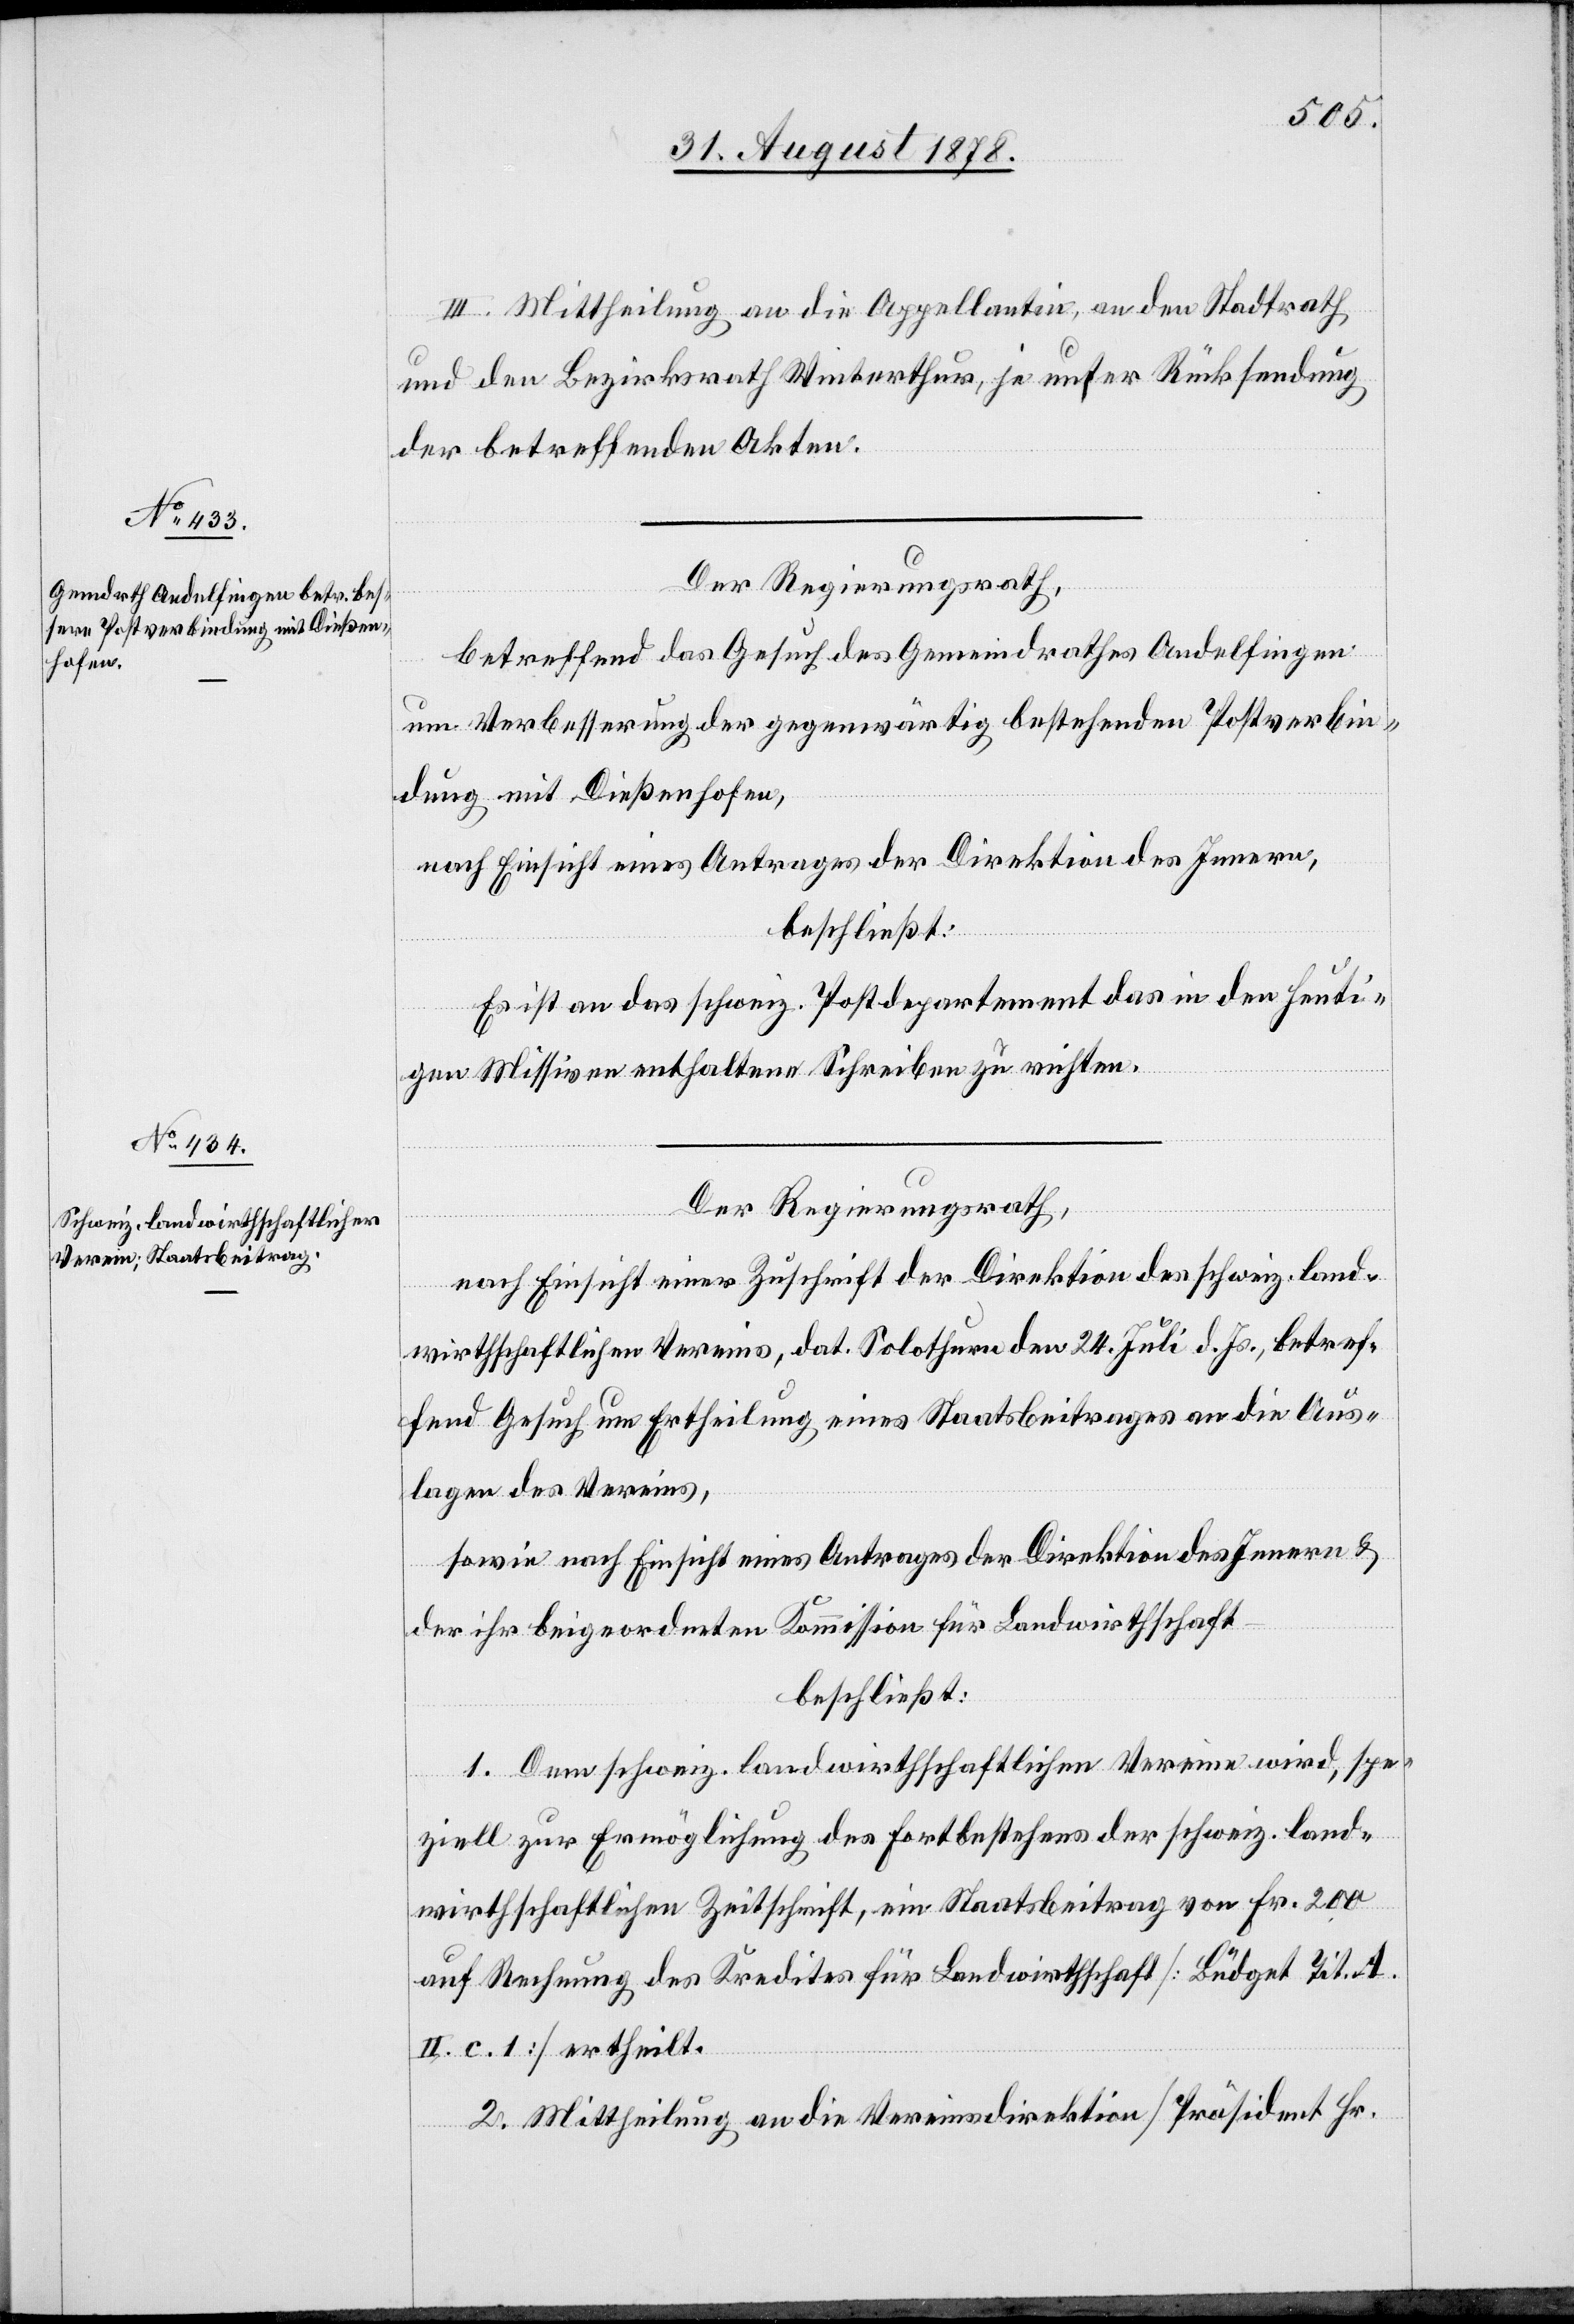
III. Mittheilung an die Appellantin, an den Stadtrath
und den Bezirksrath Winterthur, je unter Rücksendung
der betreffenden Akten.
Der Regierungsrath,
betreffend das Gesuch des Gemeindrathes Andelfingen
um Verbesserung der gegenwärtig bestehenden Postverbin¬
dung mit Dießenhofen,
nach Einsicht eines Antrages der Direktion des Innern,
beschließt:
Es ist an das schweiz. Postdepartement das in den heuti¬
gen Missiven enthaltene Schreiben zu richten.
Der Regierungsrath,
nach Einsicht einer Zuschrift der Direktion des schweiz. land¬
wirthschaftlichen Vereins, dat. Solothurn den 24. Juli d. Js., betref¬
fend Gesuch um Ertheilung eines Staatsbeitrages an die Aus¬
lagen des Vereins,
sowie nach Einsicht eines Antrages der Direktion des Innern &
der ihr beigeordneten Kommission für Landwirthschaft
beschließt:
1. Dem schweiz. landwirthschaftlichen Verein wird, spe¬
ziell zur Ermöglichung des Fortbestehens der schweiz. land¬
wirthschaftlichen Zeitschrift, ein Staatsbeitrag von Fr. 200
auf Rechnung des Kredites für Landwirthschaft [Büdget Tit. A.
II. c. 1] ertheilt.
2. Mittheilung an die Vereinsdirektion [Präisdent Hr.